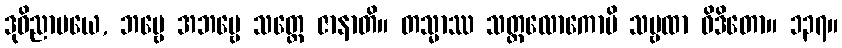
ဒုဝိညာပယေ, ဘဗ္ဗေ အဘဗ္ဗေ သတ္တေ ဇာနာတိ။ တသ္မာဿ သတ္တလောကောပိ သဗ္ဗထာ ဝိဒိတော။ ၁၃၇။